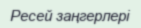
Ресей заңгерлері